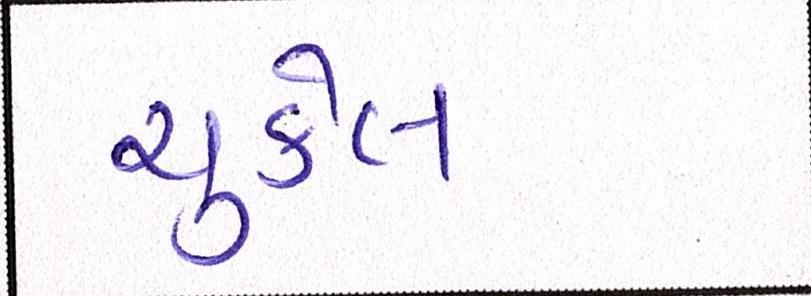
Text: ચુકેલ